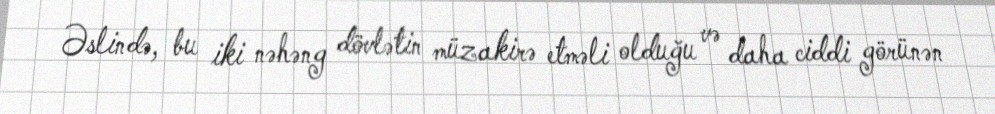
Əslində, bu iki nəhəng dövlətin müzakirə etməli olduğu və daha ciddi görünən